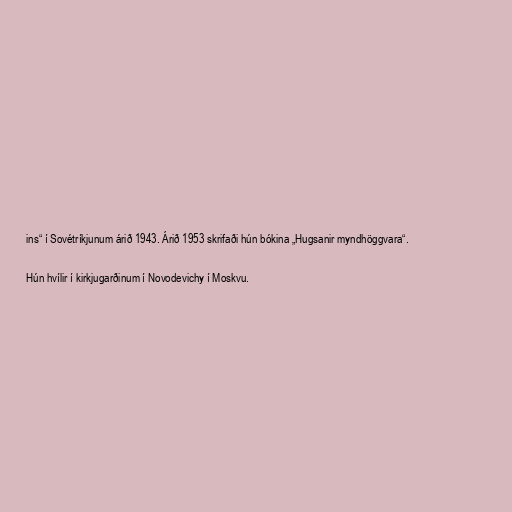
ins“ í Sovétríkjunum árið 1943. Árið 1953 skrifaði hún bókina „Hugsanir myndhöggvara“.

Hún hvílir í kirkjugarðinum í Novodevichy í Moskvu.